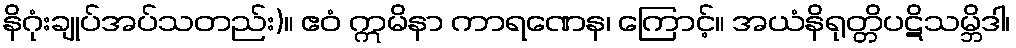
နိဂုံးချုပ်အပ်သတည်း)။ ဧဝံ ဣမိနာ ကာရဏေန၊ ကြောင့်။ အယံနိရုတ္တိပဋိသမ္ဘိဒါ၊